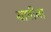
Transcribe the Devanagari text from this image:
ग्रावीना